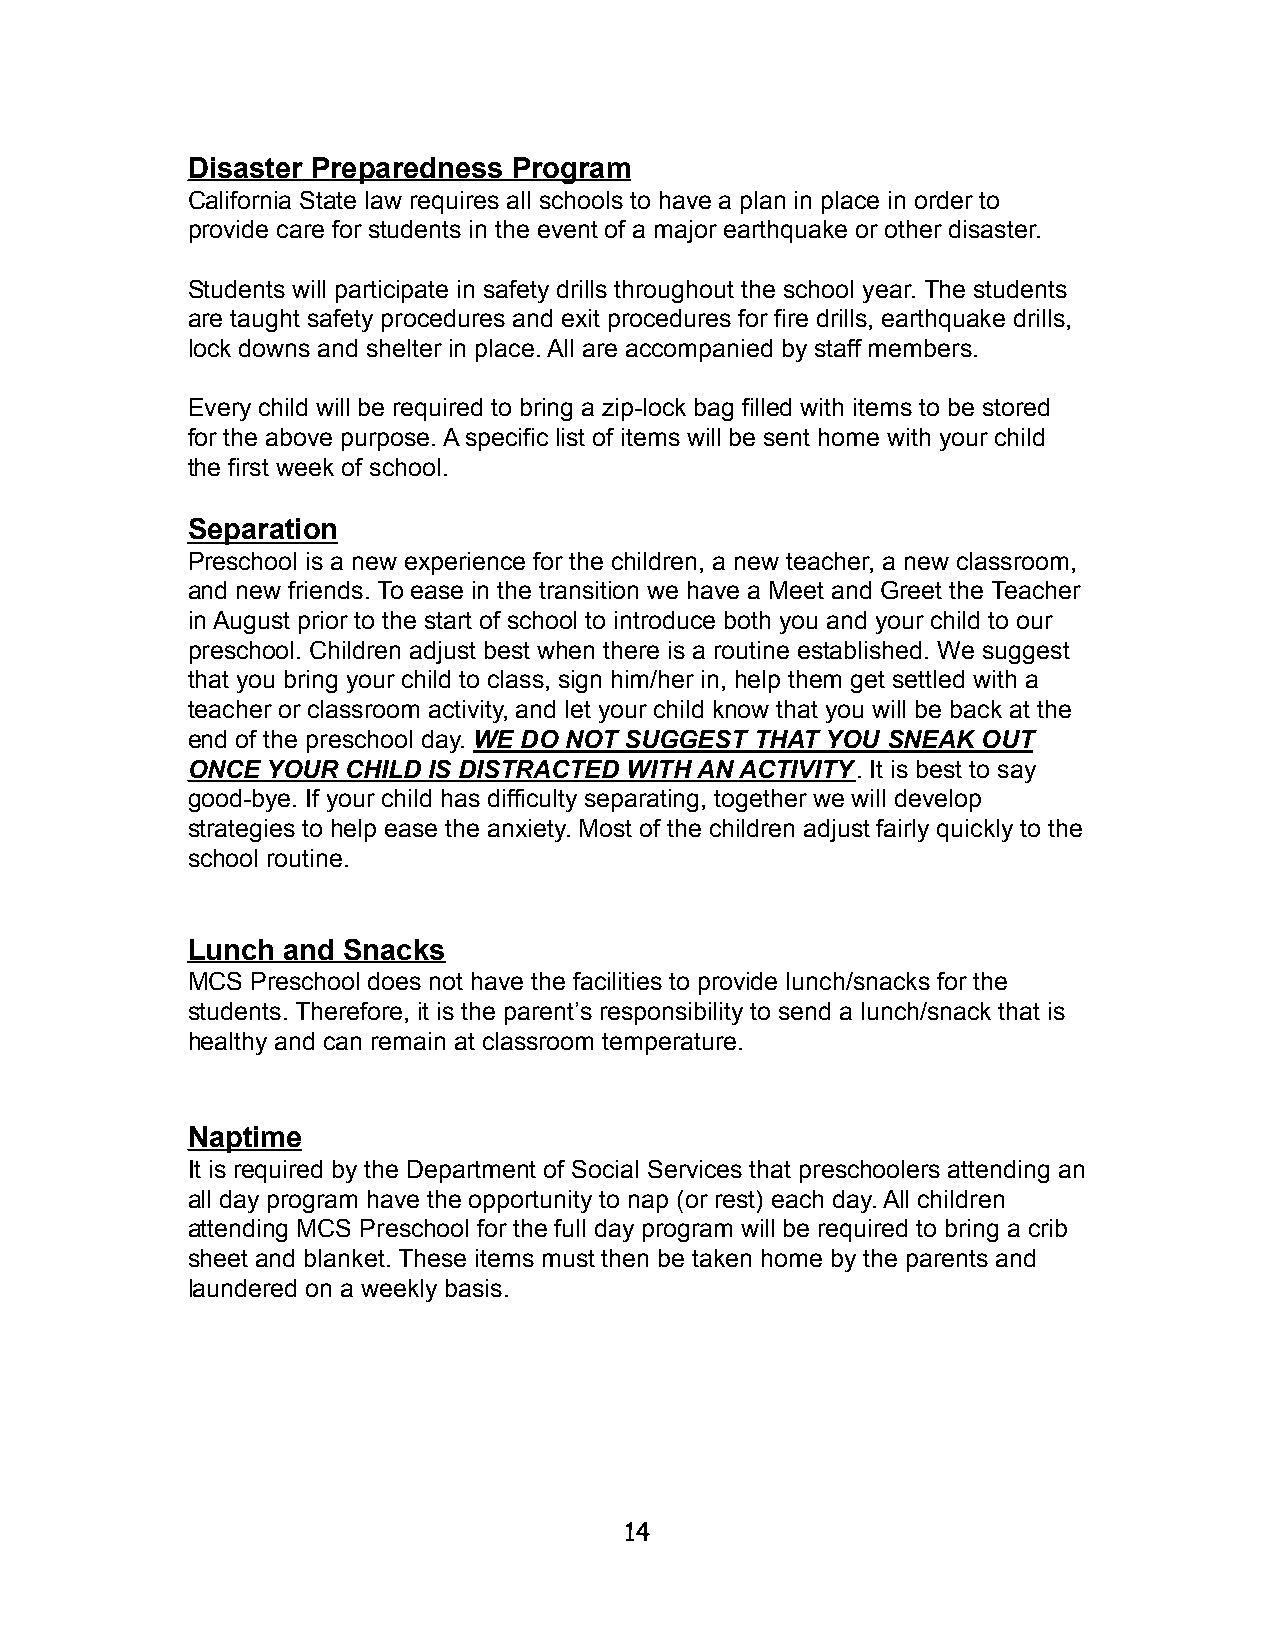
Disaster Preparedness Program
 California State law requires all schools to have a plan in place in order to
 provide care for students in the event of a major earthquake or other disaster.
 Students will participate in safety drills throughout the school year. The students
 are taught safety procedures and exit procedures for fire drills, earthquake drills,
 lock downs and shelter in place. All are accompanied by staff members.
 Every child will be required to bring a zip-lock bag filled with items to be stored
 for the above purpose. A specific list of items will be sent home with your child
 the first week of school.
 Separation
 Preschool is a new experience for the children, a new teacher, a new classroom,
 and new friends. To ease in the transition we have a Meet and Greet the Teacher
 in August prior to the start of school to introduce both you and your child to our
 preschool. Children adjust best when there is a routine established. We suggest
 that you bring your child to class, sign him/her in, help them get settled with a
 teacher or classroom activity, and let your child know that you will be back at the
 end of the preschool day. WE DO NOT SUGGEST THAT YOU SNEAK OUT
 ONCE  YOUR CHILD IS DISTRACTED WITH AN ACTIVITY. It is best to say
 good-bye. If your child has difficulty separating, together we will develop
 strategies to help ease the anxiety. Most of the children adjust fairly quickly to the
 school routine.
 Lunch  and Snacks
 MCS  Preschool does not have the facilities to provide lunch/snacks for the
 students. Therefore, it is the parent’s responsibility to send a lunch/snack that is
 healthy and can remain at classroom temperature.
 Naptime
 It is required by the Department of Social Services that preschoolers attending an
 all day program have the opportunity to nap (or rest) each day. All children
 attending MCS Preschool for the full day program will be required to bring a crib
 sheet and blanket. These items must then be taken home by the parents and
 laundered on a weekly basis.
 14